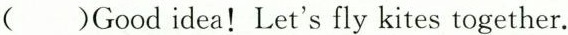
( )Good idea！Let's fly kites together.